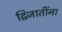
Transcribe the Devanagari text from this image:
द्विजातींना